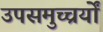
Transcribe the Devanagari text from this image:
उपसमुच्चर्यों